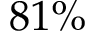
8 1 \%